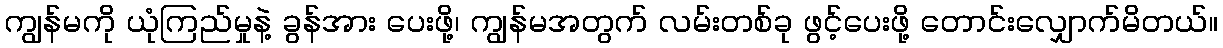
ကျွန်မကို ယုံကြည်မှုနဲ့ ခွန်အား ပေးဖို့၊ ကျွန်မအတွက် လမ်းတစ်ခု ဖွင့်ပေးဖို့ တောင်းလျှောက်မိတယ်။